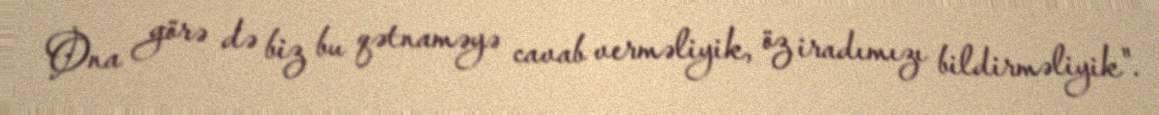
Ona görə də biz bu qətnaməyə cavab verməliyik, öz iradımızı bildirməliyik".